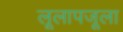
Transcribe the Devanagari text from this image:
लूलापजूला